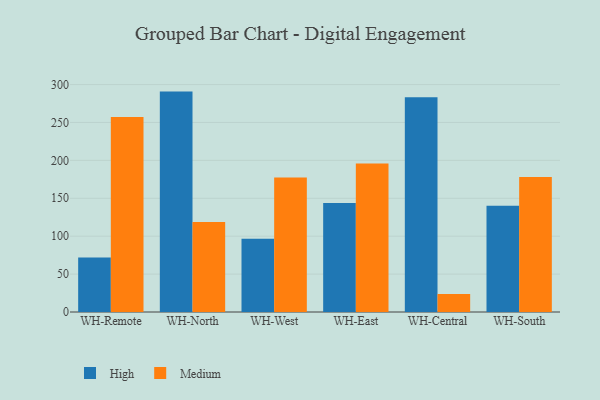
{"axis": {"x": "Warehouse", "y": "Customer Acquisition Cost (USD)"}, "legend": ["High", "Medium"], "data": [{"x": "WH-Remote", "y": 72.0, "type": "High"}, {"x": "WH-Remote", "y": 257.1, "type": "Medium"}, {"x": "WH-North", "y": 290.7, "type": "High"}, {"x": "WH-North", "y": 118.8, "type": "Medium"}, {"x": "WH-West", "y": 96.6, "type": "High"}, {"x": "WH-West", "y": 177.4, "type": "Medium"}, {"x": "WH-East", "y": 143.9, "type": "High"}, {"x": "WH-East", "y": 195.8, "type": "Medium"}, {"x": "WH-Central", "y": 283.4, "type": "High"}, {"x": "WH-Central", "y": 23.7, "type": "Medium"}, {"x": "WH-South", "y": 140.0, "type": "High"}, {"x": "WH-South", "y": 178.1, "type": "Medium"}]}